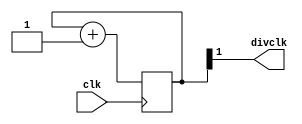
module clock_divider(
	input clk, 
	output divclk
);

	reg [26:0] divcntr = 'b0;
	
	always @(posedge clk) 
		divcntr <= divcntr + 1;
		
	assign divclk = divcntr[1];
	
endmodule